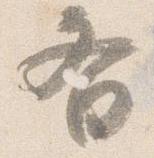
斉